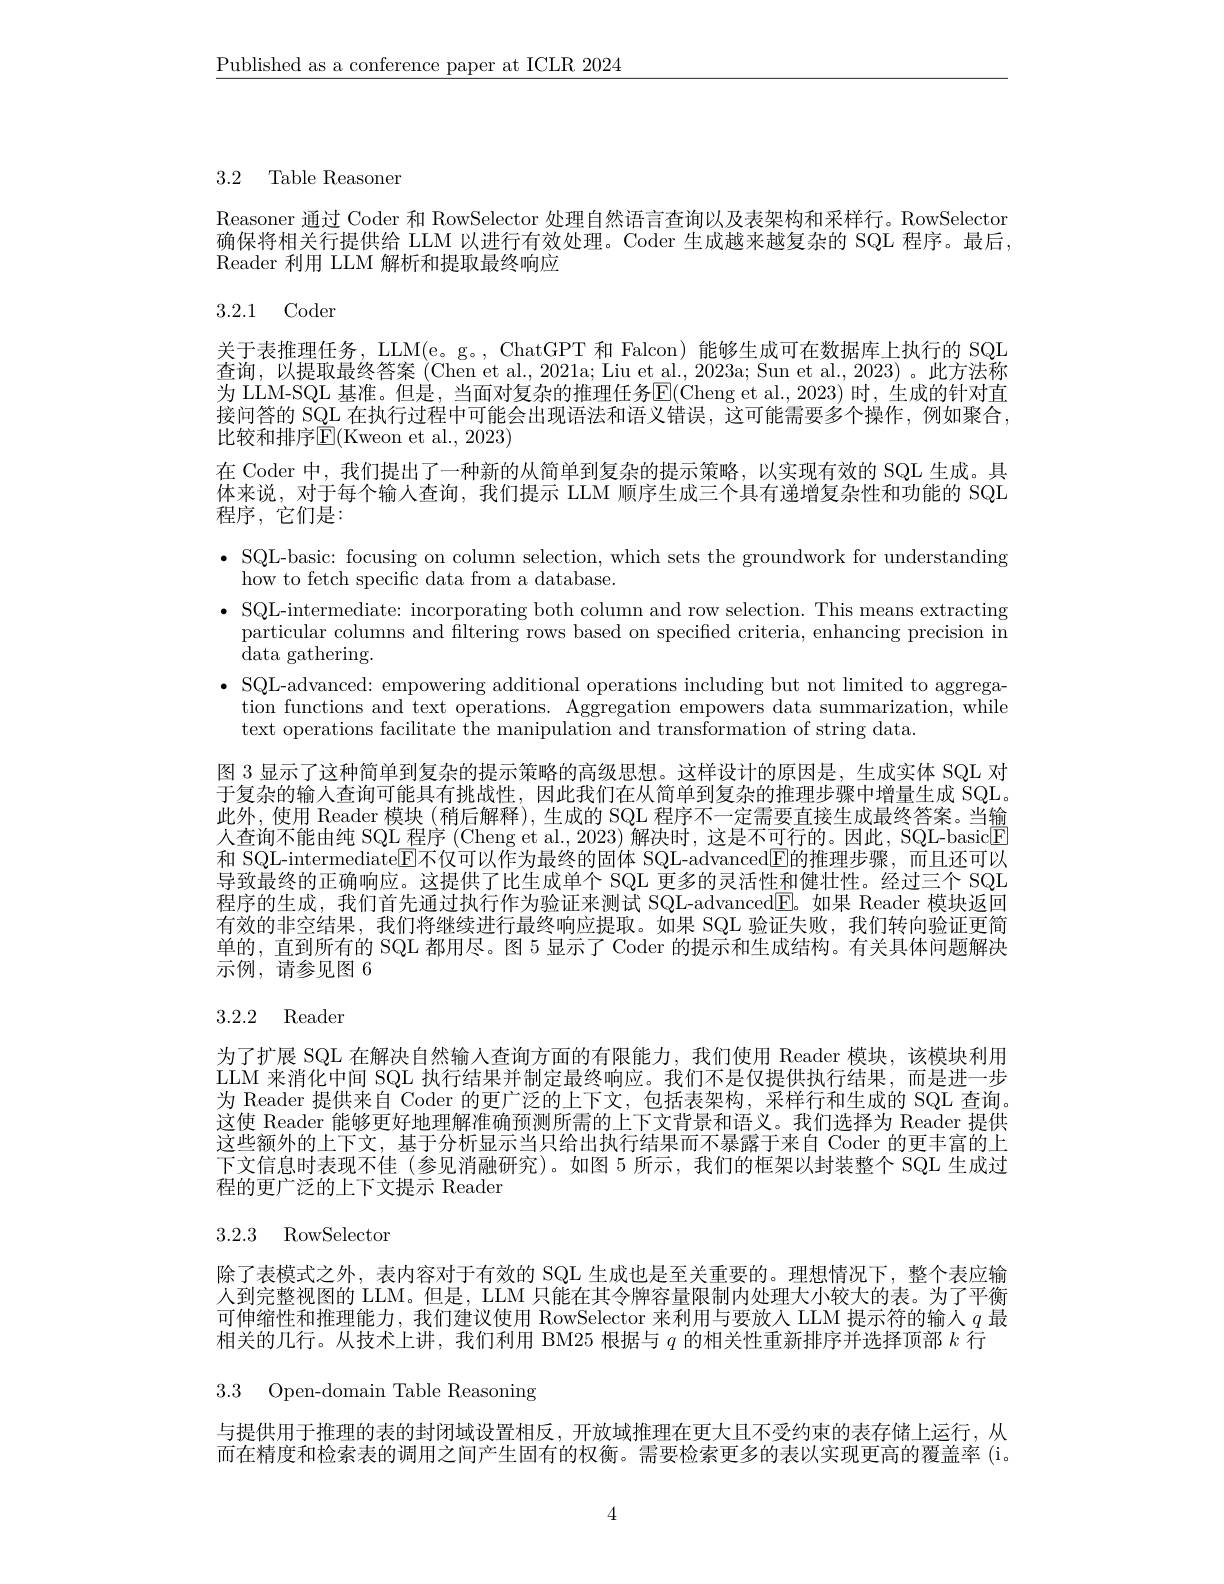
$\underline{\text{Published as a conference paper at ICLR 2024}}$

3.2 Table Reasoner

Reasoner 通过 Coder 和 RowSelector 处理自然语言查询以及表架构和采样行。RowSelector 确保将相关行提供给 LLM 以进行有效处理。Coder 生成越来越复杂的 SQL 程序。最后， Reader 利用 LLM 解析和提取最终响应

# 3.2.1 Coder

关于表推理任务，LLM(e。g。, ChatGPT 和 Falcon) 能够生成可在数据库上执行的 SQL

查询，以提取最终答案 (Chen et al., 2021a; Liu et al., 2023a; Sun et al., 2023)。此方法称

为 LLM-SQL 基准。但是，当面对复杂的推理任务$\overline{\mathrm{E}}($Cheng et al.,2023)时，生成的针对直

接间答的 SQL 在执行过程中可能会出现语法和语义错误，这可能需要多个操作，例如聚合，

比较和排序$\operatorname{E}($Kweon et al., 2023)

在 Coder 中，我们提出了一种新的从简单到复杂的提示策略，以实现有效的 SQL 生成。具

体来说，对于每个输人查询，我们提示 LLM 顺序生成三个具有递增复杂性和功能的 SQL

程序，它们是：

$\bullet$ SQL-basic: focusing on column selection, which sets the groundwork for understanding

how to fetch specific data from a database.

$\bullet$ SQL-intermediate: incorporating both column and row selection. This means extracting

particular columns and filtering rows based on specified criteria, enhancing precision in

${\tilde{\mathrm{data~gathering}}}.$

$\bullet$ SQL-advanced: empowering additional operations including but not limited to aggrega-

tion functions and text operations. Aggregation empowers data summarization, while

text operations facilitate the manipulation and transformation of string data.

图 3 显示了这种简单到复杂的提示策略的高级思想。这样设计的原因是，生成实体 SQL 对

于复杂的输人查询可能具有挑战性，因此我们在从简单到复杂的推理步骤中增量生成 SQL。

此外，使用 Reader 模块 (稍后解释), 生成的 SQL 程序不一定需要直接生成最终答案。当输

人查询不能由纯 SQL 程序 (Cheng et al., 2023) 解决时，这是不可行的。因此，SQL-basic[E]

和 SQL-intermediate$\overline{\mathrm{E}}$不仅可以作为最终的固体 SQL-advanced$\boxed{\mathrm{E}}$的推理步骤，而且还可以

导致最终的正确响应。这提供了比生成单个 SQL 更多的灵活性和健壮性。经过三个 SQL

程序的生成，我们首先通过执行作为验证来测试 SQL-advanced$\boxed{\mathrm{E}}$。如果 Reader 模块返回

有效的非空结果，我们将继续进行最终响应提取。如果 SQL 验证失败，我们转向验证更简

单的，直到所有的 SQL 都用尽。图 5 显示了 Coder 的提示和生成结构。有关具体问题解决

示例，请参见图 6

## 3.2.2 Reader

为了扩展 SQL 在解决自然输入查询方面的有限能力，我们使用 Reader 模块，该模块利用LLM 来消化中间 SQL 执行结果并制定最终响应。我们不是仅提供执行结果，而是进一步为 Reader 提供来自 Coder 的更广泛的上下文，包括表架构，采样行和生成的 SQL 查询。这使 Reader 能够更好地理解准确预测所需的上下文背景和语义。我们选择为 Reader 提供这些额外的上下文，基于分析显示当只给出执行结果而不暴露于来自 Coder 的更丰富的上下文信息时表现不佳 (参见消融研究)。如图 5 所示，我们的框架以封装整个 SQL 生成过程的更广泛的上下文提示 Reader

3.2.3 RowSelector

除了表模式之外，表内容对于有效的 SQL 生成也是至关重要的。理想情况下，整个表应输人到完整视图的 LLM。但是，LLM 只能在其令牌容量限制内处理大小较大的表。为了平衡可伸缩性和推理能力，我们建议使用 RowSelector 来利用与要放人 LLM 提示符的输入$q$最相关的几行。从技术上讲，我们利用 BM25 根据与$q$的相关性重新排序并选择顶部$k$行

3.3 Open-domain Table Reasoning

与提供用于推理的表的封闭域设置相反，开放域推理在更大且不受约束的表存储上运行，从而在精度和检索表的调用之间产生固有的权衡。需要检索更多的表以实现更高的覆盖率 (i。

4